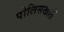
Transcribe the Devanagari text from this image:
पोलिसखातें